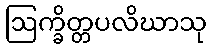
ဩက္ခိတ္တပလိဃာသု